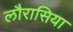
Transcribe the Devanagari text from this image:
लौरासिया